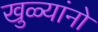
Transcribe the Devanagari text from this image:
खुळ्यांनो